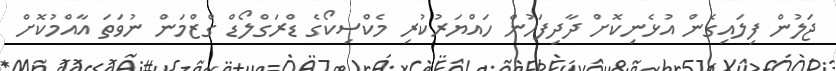
ޖަލުން ފިލައިގެން އުޅެނިކޮށް ދާދިފަހުން ހައްޔަރުކުރި މެކްސިކޯގެ ޑްރަގްލޯޑް ގްޒްމަން ނުވަތަ އާއްމުކޮށް